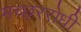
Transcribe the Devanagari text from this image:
मच्छररोधी